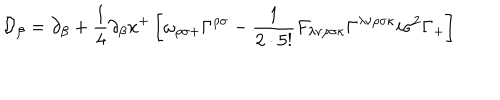
\mathcal { D } _ { \beta } = \partial _ { \beta } + \frac { 1 } { 4 } \partial _ { \beta } x ^ { + } \left[ \omega _ { \rho \sigma + } \Gamma ^ { \rho \sigma } - \frac { 1 } { 2 \cdot 5 ! } F _ { \lambda \nu \rho \sigma \kappa } \Gamma ^ { \lambda \nu \rho \sigma \kappa } i \sigma ^ { 2 } \Gamma _ { + } \right]